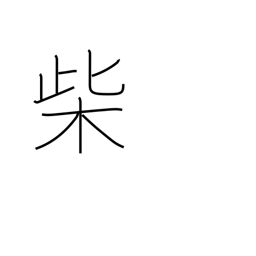
Meaning: firewood